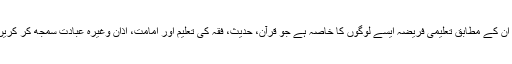
جو علمائے کرام تعلیمی فائدے کا معاوضہ لینے کو ناجائز کہتے ہیں : ان کے مطابق تعلیمی فریضہ ایسے لوگوں کا خاصہ ہے جو قرآن، حدیث، فقہ کی تعلیم اور امامت، اذان وغیرہ عبادت سمجھ کر کریں، کوئی کافر شخص یہ کام نہیں کر سکتا، یہ صرف مسلمان ہی کریگا۔